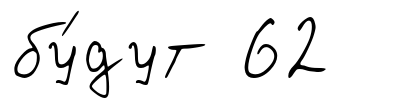
бу́дут 62